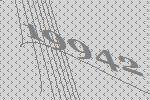
19942